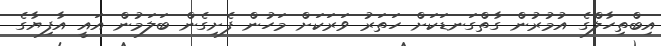
އިބްތިހާލްގެ އުމުރުން ގާތްގަނޑަކަށް ހަތަރު ވަރަކަށް މަހުން ފެށިގެން ބަލަމުން އައީ އާފިޔާގެ